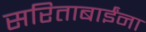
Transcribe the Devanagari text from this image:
सरिताबाईंना